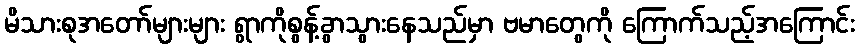
မိသားစုအတော်များများ ရွာကိုစွန့်ခွာသွားနေသည်မှာ ဗမာတွေကို ကြောက်သည့်အကြောင်း